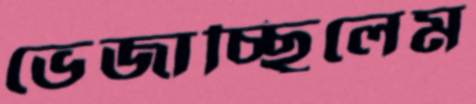
ভেজাচ্ছিলেম